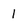
Character: 1